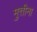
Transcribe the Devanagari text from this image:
मुत्तीना